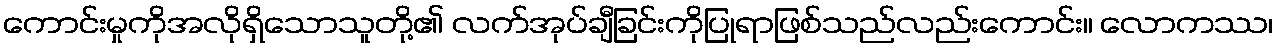
ကောင်းမှုကိုအလိုရှိသောသူတို့၏ လက်အုပ်ချီခြင်းကိုပြုရာဖြစ်သည်လည်းကောင်း။ လောကဿ၊